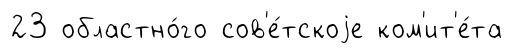
23 областно́го сов'е́тскоjе ком'ит'е́та